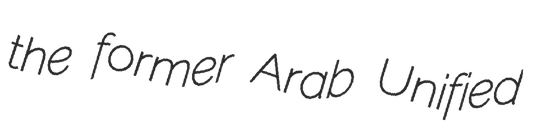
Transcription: the former Arab Unified